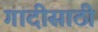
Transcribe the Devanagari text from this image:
गादीसाठी